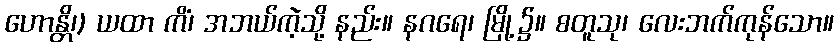
ဟောန္တိ၊) ယထာ ကိံ၊ အဘယ်ကဲ့သို့ နည်း။ နဂရေ၊ မြို့၌။ စတူသု၊ လေးဘက်ကုန်သော။